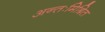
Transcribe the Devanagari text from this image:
अन्तःमिश्रित